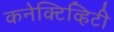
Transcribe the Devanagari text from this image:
कनेक्टिव्हिटी